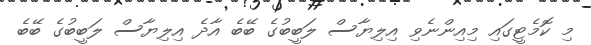
މި ކޮމެޓީގައި މިއިންނެވި އިލިޔާސް ލަބީބުގެ ބޭބެ އާދެ އިލިޔާސް ލަބީބުގެ ބޭބެ